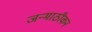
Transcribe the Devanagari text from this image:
जन्माठीकन